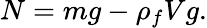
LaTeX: N=mg-\rho_{f}Vg.